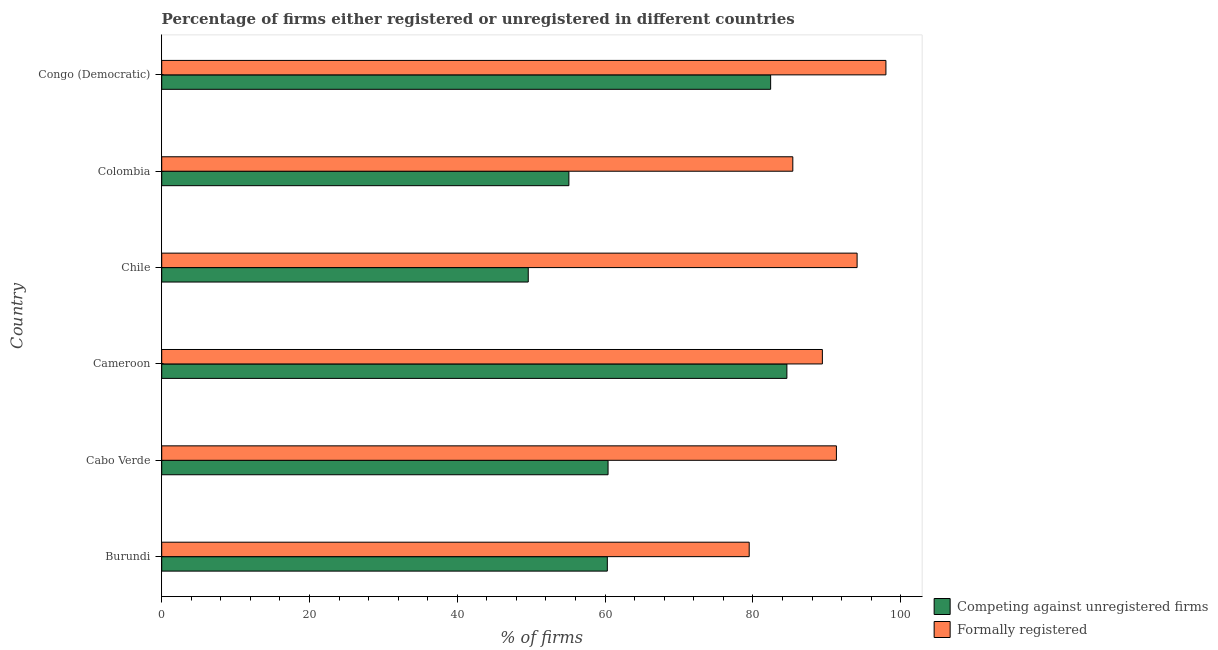
| Country | Competing against unregistered firms | Formally registered |
 | --- | --- | --- |
 | Burundi | 60.3 | 79.5 |
 | Cabo Verde | 60.4 | 91.3 |
 | Cameroon | 84.6 | 89.4 |
 | Chile | 49.6 | 94.1 |
 | Colombia | 55.1 | 85.4 |
 | Congo (Democratic) | 82.4 | 98 |